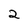
Character: 2